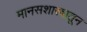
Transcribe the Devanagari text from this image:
मानसशास्त्रातून